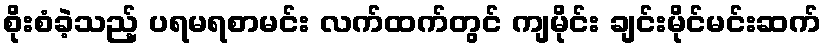
စိုးစံခဲ့သည့် ပရမရစာမင်း လက်ထက်တွင် ကျမိုင်း ချင်းမိုင်မင်းဆက်